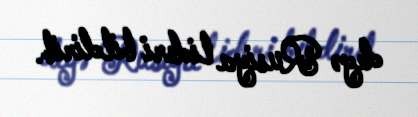
deyə Rusiya lideri bildirib.